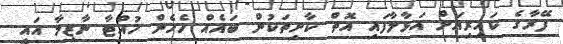
ފޭރާގެ ކައިރިއަށް އަޅާލާފައި އޮތް ކާށިތަކުން ބައެއް ހެހެން ހުއްޓާ ނާޒިމާ އައީ